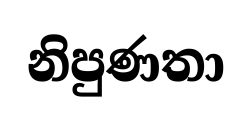
නිපුණතා